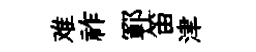
难祚鄆笛津